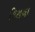
કિરાયા